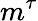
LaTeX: m^{\tau}